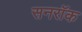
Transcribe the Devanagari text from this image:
सनरॉक